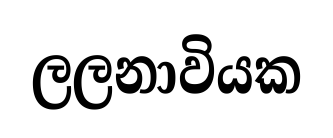
ලලනාවියක